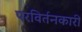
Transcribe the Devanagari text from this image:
परविर्तनकारी